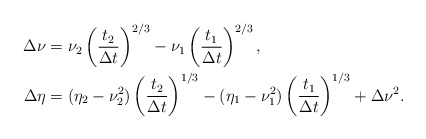
\begin{align*}\Delta\nu&=\nu_2\left(\frac{t_2}{\Delta t}\right)^{2/3}-\nu_1\left(\frac{t_1}{\Delta t}\right)^{2/3},\\\Delta\eta&=(\eta_2-\nu_2^2)\left(\frac{t_2}{\Delta t}\right)^{1/3}-(\eta_1-\nu_1^2)\left(\frac{t_1}{\Delta t}\right)^{1/3}+\Delta\nu^2.\end{align*}